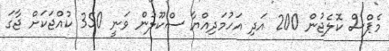
މެޕްސް ކޮލެޖުން 200 އަދި އަހުމަދިއްޔާ ސްކޫލުން ވަނީ 350 ކުއްޖަކަށް ޖާގަ